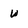
Character: W